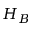
H _ { B }